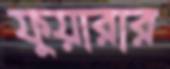
ফুয়ারার